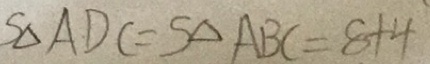
S _ { \Delta } A D C = S _ { \Delta } A B C = 8 + 4